Vaccination in Bombay 1856-1862 - 1856-1862
Year: 1856
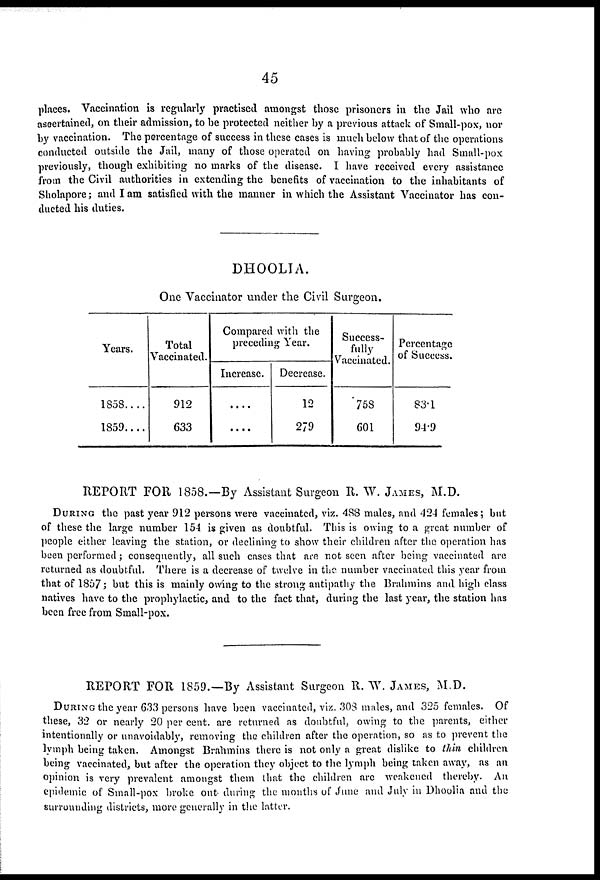
45
places. Vaccination is regularly practised amongst those prisoners in the Jail who are
ascertained, on their admission, to be protected neither by a previous attack of Small-pox, nor
by vaccination. The percentage of success in these cases is much below that of the operations
conducted outside the Jail, many of those operated on having probably had Small-pox
previously, though exhibiting no marks of the disease. I have received every assistance
from the Civil authorities in extending the benefits of vaccination to the inhabitants of
Sholapore; and I am satisfied with the manner in which the Assistant Vaccinator has con-
ducted his duties.
DHOOLIA.
One Vaccinator under the Civil Surgeon.
Years.
1858....
1859....
Total
Vaccinated.
912
633
Compared with the
preceding Year.
Increase.
....
....
Decrease.
12
279
Success-
fully
Vaccinated.
758
601
Percentage
of Success.
83.1
94.9
REPORT FOR 1858.—By Assistant Surgeon R. W. JAMES, M.D.
DURING the past year 912 persons were vaccinated, viz. 488 males, and 424 females; but
of these the large number 154 is given as doubtful. This is owing to a great number of
people either leaving the station, or declining to show their children after the operation has
been performed; consequently, all such cases that are not seen after being vaccinated are
returned as doubtful. There is a decrease of twelve in the number vaccinated this year from
that of 1857; but this is mainly owing to the strong antipathy the Brahmins and high class
natives have to the prophylactic, and to the fact that, during the last year, the station has
been free from Small-pox.
REPORT FOR 1859.—By Assistant Surgeon R.W. JAMES, M.D.
DURING the year 633 persons have been vaccinated, viz. 308 males, and 325 females. Of
these, 32 or nearly 20 per cent, are returned as doubtful, owing to the parents, either
intentionally or unavoidably, removing the children after the operation, so as to prevent the
lymph being taken. Amongst Brahmins there is not only a great dislike to thin children
being vaccinated, but after the operation they object to the lymph being taken away, as an
opinion is very prevalent amongst them that the children are weakened thereby. An
epidemic of Small-pox broke out- during the months of June and July in Dhoolia and the
surrounding districts, more generally in the latter.